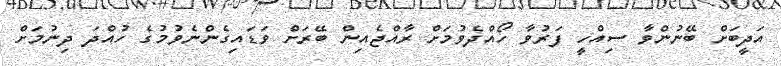
އަދީބަށް ބޭނުންވާ ސިއްހީ ފަރުވާ ހޯއްދެވުމަށް ރާއްޖެއިން ބޭރަށް ވަޑައިގެންނެވުމުގެ ހުއްދަ ދިނުމަށް